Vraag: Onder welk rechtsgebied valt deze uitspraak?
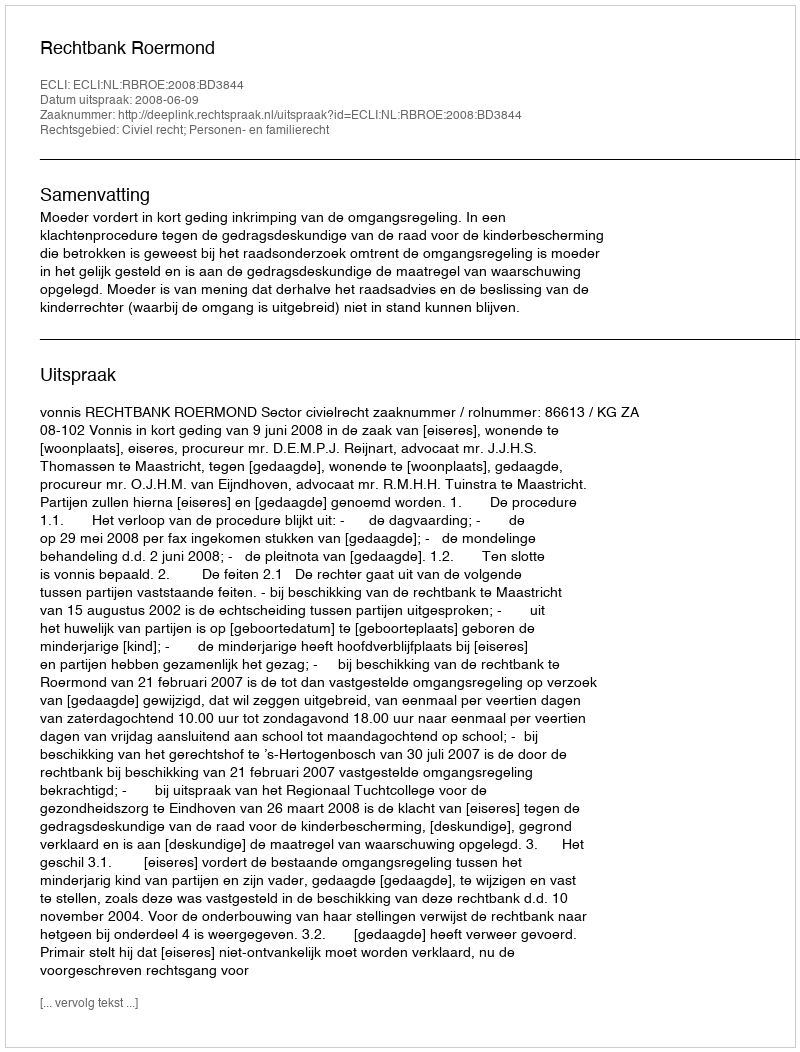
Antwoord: Civiel recht; Personen- en familierecht